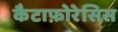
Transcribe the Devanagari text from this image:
कैटाफ़ोरेसिस